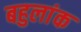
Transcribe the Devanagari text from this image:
बहुलांक